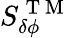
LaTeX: S_{\delta\phi}^{\mathrm{~T~M~}}